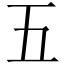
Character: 五